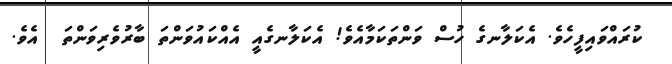
ކުރައްވައިފީހެެވެ. އެކަލާނގެ ހުސް ވަންތަކަމާއެވެ! އެކަލާނގެއީ އެއްކައުވަންތަ ބާރުވެރިވަންތަ  އެވެ.